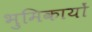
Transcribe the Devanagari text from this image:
भुमिकायों